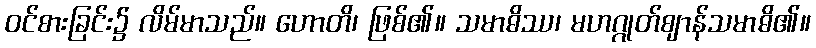
ဝင်စားခြင်း၌ လိမ်မာသည်။ ဟောတိ၊ ဖြစ်၏။ သမာဓိဿ၊ မဟဂ္ဂုတ်ဈာန်သမာဓိ၏။